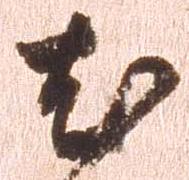
尤